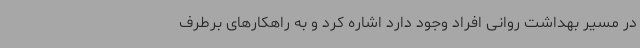
در مسیر بهداشت روانی افراد وجود دارد اشاره کرد و به راهکارهای برطرف